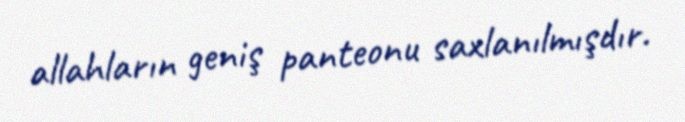
allahların geniş panteonu saxlanılmışdır.